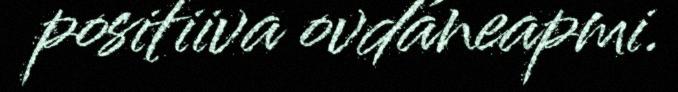
positiiva ovdáneapmi.